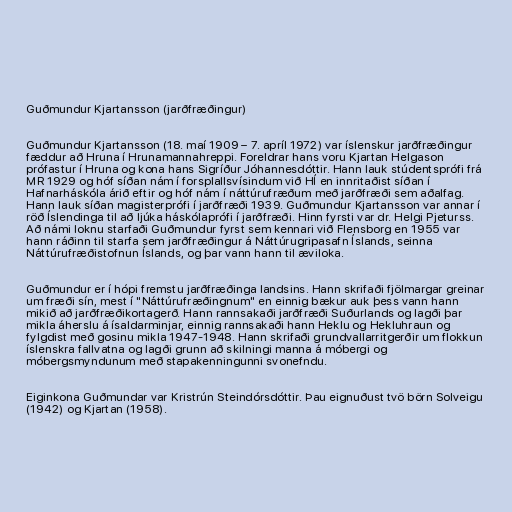
Guðmundur Kjartansson (jarðfræðingur)

Guðmundur Kjartansson (18. maí 1909 – 7. apríl 1972) var íslenskur jarðfræðingur
fæddur að Hruna í Hrunamannahreppi. Foreldrar hans voru Kjartan Helgason
prófastur í Hruna og kona hans Sigríður Jóhannesdóttir. Hann lauk stúdentsprófi frá
MR 1929 og hóf síðan nám í forsplallsvísindum við HÍ en innritaðist síðan í
Hafnarháskóla árið eftir og hóf nám í náttúrufræðum með jarðfræði sem aðalfag.
Hann lauk síðan magisterprófi í jarðfræði 1939. Guðmundur Kjartansson var annar í
röð Íslendinga til að ljúka háskólaprófi í jarðfræði. Hinn fyrsti var dr. Helgi Pjeturss.
Að námi loknu starfaði Guðmundur fyrst sem kennari við Flensborg en 1955 var
hann ráðinn til starfa sem jarðfræðingur á Náttúrugripasafn Íslands, seinna
Náttúrufræðistofnun Íslands, og þar vann hann til æviloka.

Guðmundur er í hópi fremstu jarðfræðinga landsins. Hann skrifaði fjölmargar greinar
um fræði sín, mest í "Náttúrufræðingnum" en einnig bækur auk þess vann hann
mikið að jarðfræðikortagerð. Hann rannsakaði jarðfræði Suðurlands og lagði þar
mikla áherslu á ísaldarminjar, einnig rannsakaði hann Heklu og Hekluhraun og
fylgdist með gosinu mikla 1947-1948. Hann skrifaði grundvallarritgerðir um flokkun
íslenskra fallvatna og lagði grunn að skilningi manna á móbergi og
móbergsmyndunum með stapakenningunni svonefndu.

Eiginkona Guðmundar var Kristrún Steindórsdóttir. Þau eignuðust tvö börn Solveigu
(1942) og Kjartan (1958).